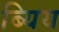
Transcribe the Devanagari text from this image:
ब्यिय